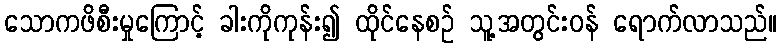
သောကဖိစီးမှုကြောင့် ခါးကိုကုန်း၍ ထိုင်နေစဉ် သူ့အတွင်းဝန် ရောက်လာသည်။